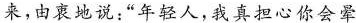
来，由衷地说：”年轻人，我真担心你会晕